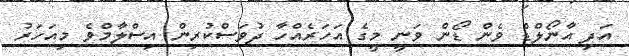
އަދި އާނޯލްޑް ވެން ޑޯން ވަނީ މީގެ އަހަރެއްހާ ދުވަސްކުރިން އިސްލާމްވެ މިއަހަރު